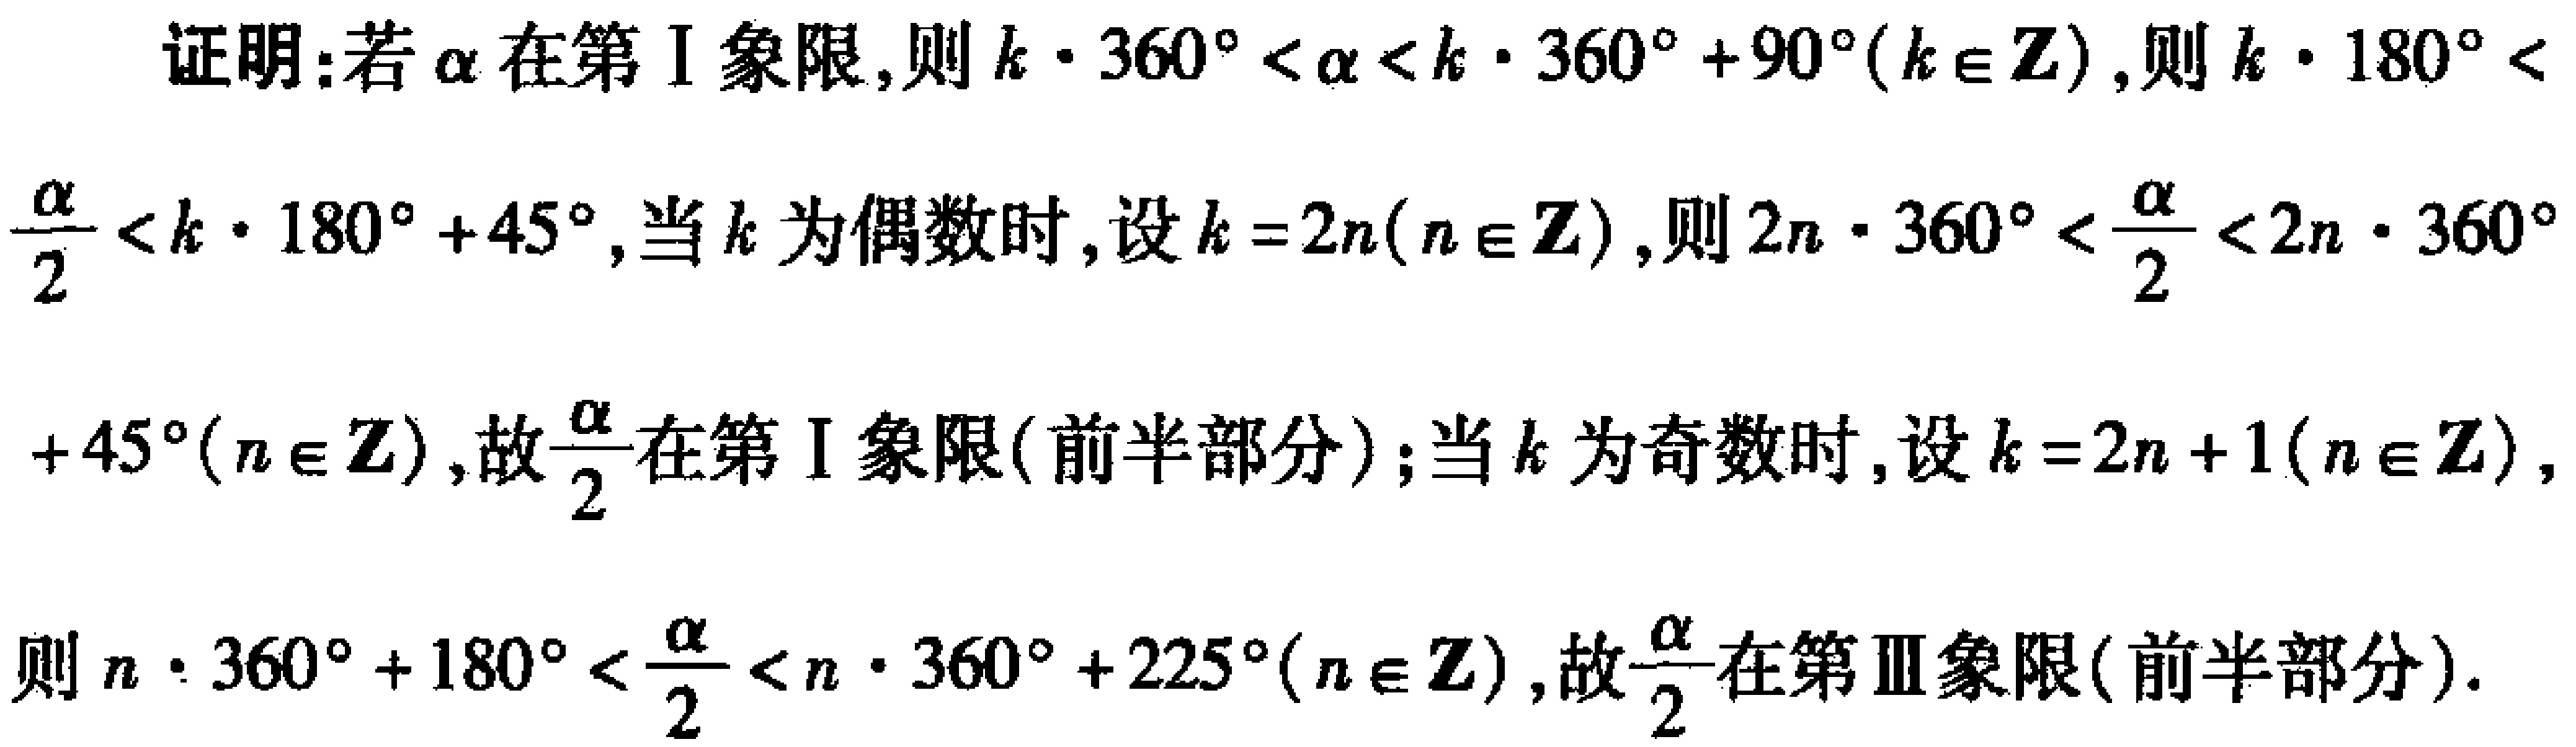
证明：若\(\alpha\)在第\(I\)象限，则\(k\cdot360^{\circ}<\alpha<k\cdot360^{\circ}+90^{\circ}(k\in\mathbb{Z})\)，则\(k\cdot180^{\circ}<\frac{\alpha}{2}<k\cdot180^{\circ}+45^{\circ}\)，当\(k\)为偶数时，设\(k = 2n(n\in\mathbb{Z})\)，则\(2n\cdot360^{\circ}<\frac{\alpha}{2}<2n\cdot360^{\circ}+45^{\circ}(n\in\mathbb{Z})\)，故\(\frac{\alpha}{2}\)在第\(I\)象限(前半部分)；当\(k\)为奇数时，设\(k = 2n + 1(n\in\mathbb{Z})\)，则\(n\cdot360^{\circ}+180^{\circ}<\frac{\alpha}{2}<n\cdot360^{\circ}+225^{\circ}(n\in\mathbb{Z})\)，故\(\frac{\alpha}{2}\)在第\(III\)象限(前半部分)。